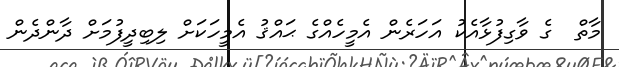
މާތް  ގެ ވާގިފުޅާއެކު އަހަރެން އެމީހެއްގެ ޙައްޤު އެމީހަކަށް ލިބިދީފުމަށް ދާންދެން